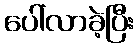
ပေါ်လာခဲ့ပြီး